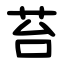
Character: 苔